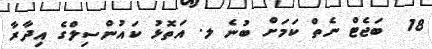
18  ބަޖެޓް ނެތް ކަމަށް ބުނެ ލ. އަތޮޅު ކައުންސިލްގެ އިދާރާ